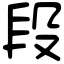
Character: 段